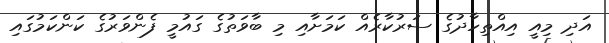
އަދި މިއީ އިއްތިހާދުގެ ސަރުކާރެއް ކަމަށާއި މި ބާވަތުގެ ގައުމީ ފެންވަރުގެ ކަންކަމުގައި